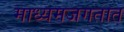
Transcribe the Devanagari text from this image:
माध्यमजगतात